Mental hospitals Bombay report 1929-33 - 1929-1933
Year: 1929
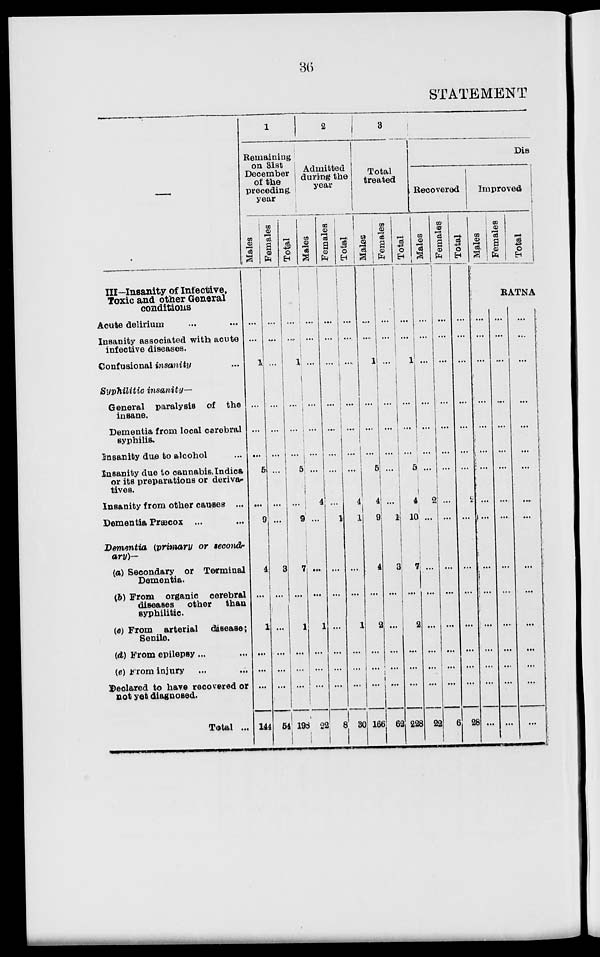
36
STATEMENT
—
III—Insanity of Infective,
Toxic and other General
conditions
Acute delirium ... ...
Insanity associated with acute
infective diseases.
Confusional insanity ...
Syphilitic insanity—
General paralysis of the
insane.
Dementia from local cerebral
syphilis.
Insanity due to alcohol
Insanity due to cannabis Indica
or its preparations or deriva-
tives.
Insanity from other causes ...
Dementia Precox ...
Dementia (primary or second-
ary)—
(a) Secondary or Terminal
Dementia.
(b) From organic cerebral
diseases other
than
syphilitic.
(e) From arterial disease ;
Senile.
(d) From epilepsy ... ...
(e) From injury ... ...
Declared to have recovered or
not yet diagnosed.
Total ...
1
Remaining
on 31st
December
of the
preceding,
year
Males
...
...
1
...
...
...
5
...
9
4
...
1
...
...
...
144
Females
...
...
...
...
...
...
...
...
...
3
...
...
...
...
...
54
Total
...
...
1
...
...
...
5
...
9
7
...
1
...
...
...
198
2
Admitted
during the
year
Males
...
...
...
...
...
...
...
4
...
...
...
1
...
...
...
22
Females
...
...
...
...
...
...
...
...
1
...
...
...
...
...
...
8
Total
...
...
...
...
...
...
...
4
1
...
...
1
...
...
...
30
3
Total
treated
Males
...
...
1
...
...
...
5
4
9
4
...
2
...
...
...
166
Females
...
...
...
...|
...
...
...
...
1
3
...
...
...
...
...
62
Total
...
...
1
...
...
...
5
4
10
7
...
2
...
...
...
228
Dis
Recovered
Males
...
...
...
...
...
...
...
2
...
...
...
...
...
...
...
22
Females
...
...
...
...
...
...
...
...
...
...
...
...
...
...
...
6
Total
...
...
...
...
...
...
...
2
...
...
...
...
...
...
...
28
Improved
Males
Females
Total
RATNA
...
...
...
...
...
...
...
...
...
...
...
...
...
...
...
...
...
...
...
...
...
...
...
...
...
...
...
...
...
...
...
...
...
...
...
...
...
...
...
...
...
...
...
...
...
...
...
...